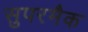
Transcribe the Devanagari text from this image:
सुपरमैक